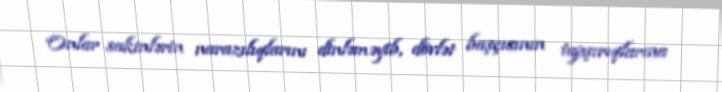
Onlar sakinlərin narazılıqlarını dinləməyib, dövlət başçısının tapşırıqlarına